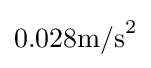
0.028\mathrm {m/s} ^{2}